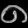
Digit: ၈